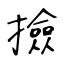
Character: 撿